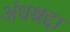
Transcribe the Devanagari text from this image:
अंधश्रद्दा